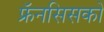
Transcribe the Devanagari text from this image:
फ्रॅनसिसको